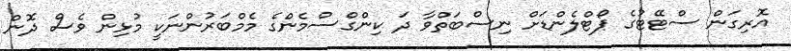
އޮރިގަން ސްޓޭޓުގެ ޕޯޓްލެންޑަށް ނިސްބަތްވާ ދަ ކިންގްސްމެންގެ މެމްބަރުންނަކީ މުޅިން ވެސް ދޮން